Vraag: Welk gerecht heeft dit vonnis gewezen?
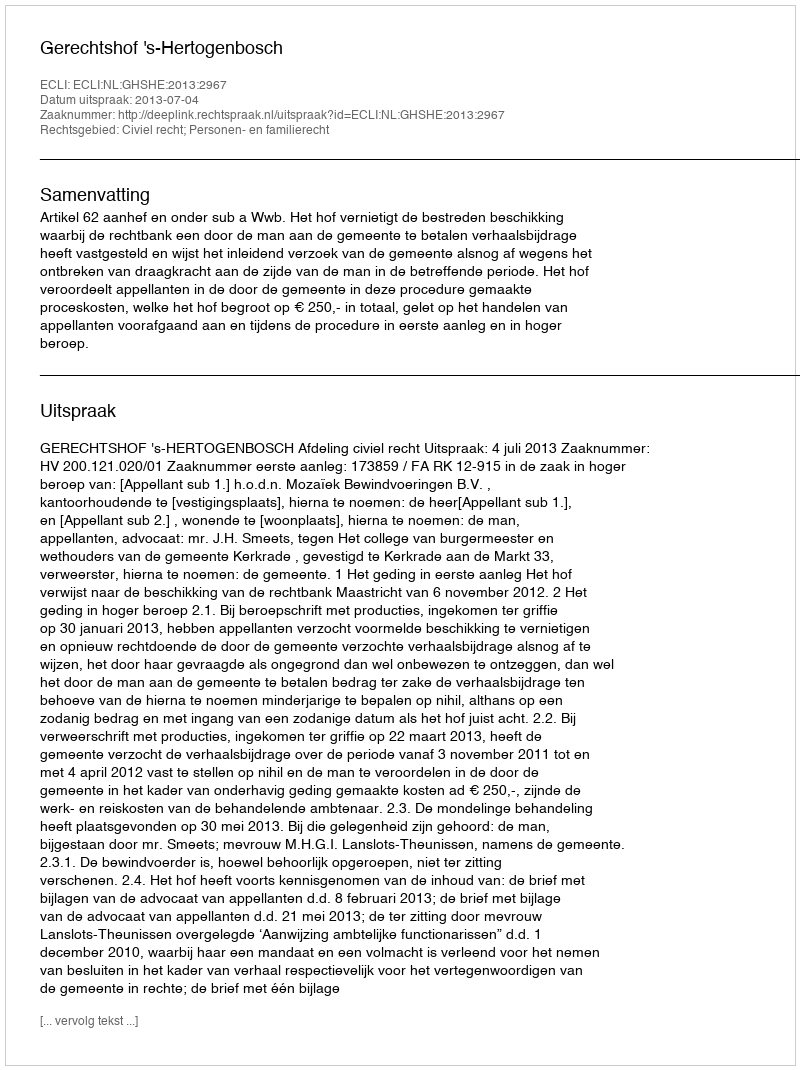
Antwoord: Gerechtshof 's-Hertogenbosch